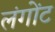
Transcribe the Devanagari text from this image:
लंगोंट